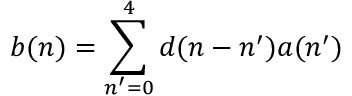
b ( n ) = \sum _ { n ^ { \prime } = 0 } ^ { 4 } d ( n - n ^ { \prime } ) a ( n ^ { \prime } )